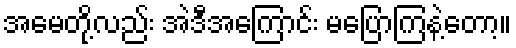
အမေတို့လည်း အဲဒီအကြောင်း မပြောကြနဲ့တော့။